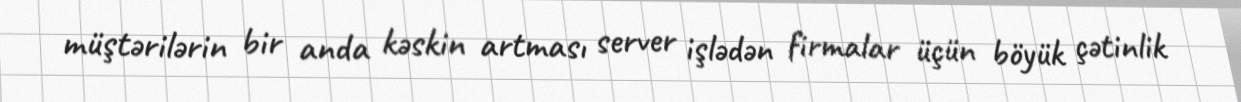
müştərilərin bir anda kəskin artması server işlədən firmalar üçün böyük çətinlik